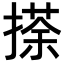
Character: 𢴉